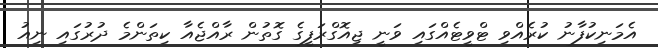
އެމަނިކުފާނު ކުރެއްވި ޓްވީޓެއްގައި ވަނީ ޖިއޮގްރަފީގެ ގޮތުން ރާއްޖެއާ ކިތަންމެ ދުރުގައި ނިއު